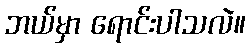
ဘယ်မှာ ရောင်းပါသလဲ။